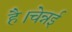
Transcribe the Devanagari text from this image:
है।चेन्नई